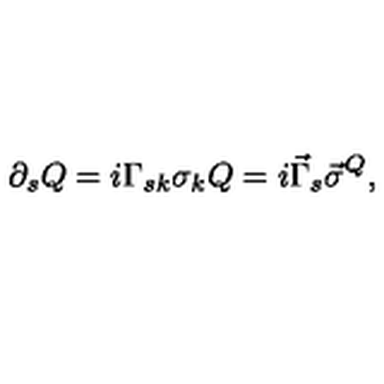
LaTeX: \partial _ { s } Q = i \Gamma _ { s k } \sigma _ { k } Q = i \vec { \Gamma } _ { s } \vec { \sigma } ^ { Q } ,